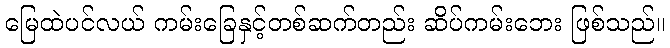
မြေထဲပင်လယ် ကမ်းခြေနှင့်တစ်ဆက်တည်း ဆိပ်ကမ်းဘေး ဖြစ်သည်။